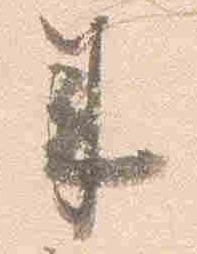
来